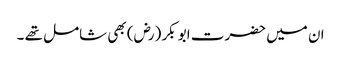
ان میں حضرت ابو بکر (رض) بھی شامل تھے ۔